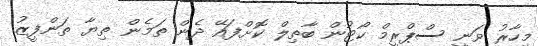
މިހާރު ވަނީ ސްޕްރީމް ކޯޓުން ބާތިލް ކޮށްފައޭ ދެން ތަމެން ތިޔާ ތަންފީޒު